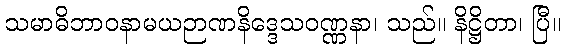
သမာဓိဘာဝနာမယဉာဏနိဒ္ဒေသဝဏ္ဏနာ၊ သည်။ နိဋ္ဌိတာ၊ ပြီ။